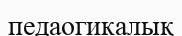
педаогикалық